Mental hospitals Bombay report 1921-28 - 1921-1928
Year: 1921
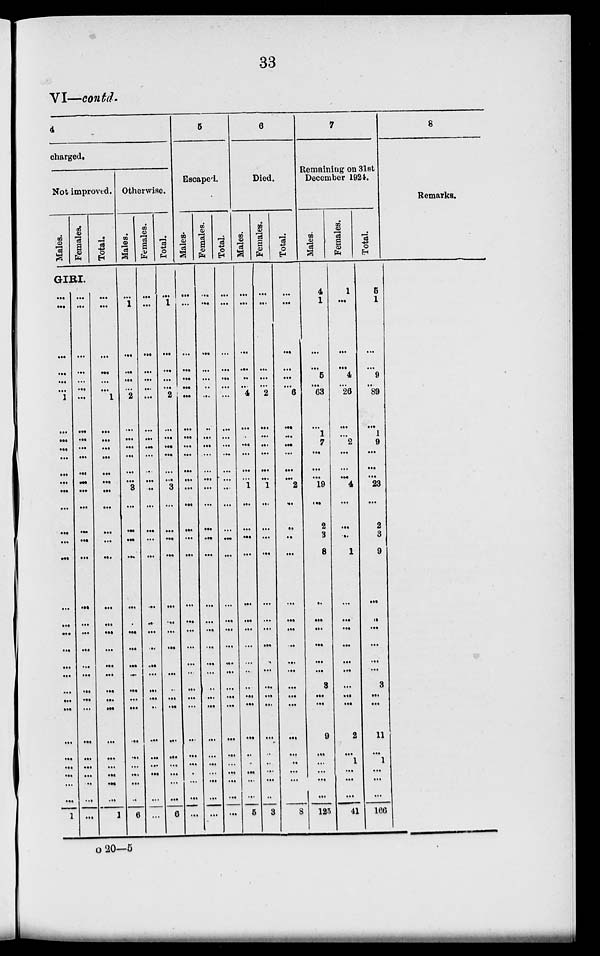
33
VI—contd.
4
charged.
Not improved.
Males.
Females.
Total.
GIRI.
...
...
...
...
...
...
1
...
...
...
...
...
...
...
...
...
...
...
...
...
...
...
...
...
...
...
...
...
...
...
...
...
...
1
...
...
...
...
...
...
...
...
...
...
...
...
...
...
...
...
...
...
...
...
...
...
...
...
...
...
...
...
...
...
...
...
...
...
...
...
...
...
...
...
1
...
...
...
...
...
...
...
...
...
...
...
...
...
...
...
...
...
...
...
...
...
...
...
...
...
...
1
Otherwise.
Males.
...
1
...
...
...
...
2
...
...
...
...
...
...
3
...
...
...
...
...
...
...
...
...
...
...
...
...
...
...
...
...
...
...
6
Females.
...
...
...
...
...
...
...
...
...
...
...
...
...
...
...
...
...
...
...
...
...
...
...
...
...
...
...
...
...
...
...
...
...
...
Total.
...
1
...
...
...
...
2
...
...
...
...
...
...
3
...
...
...
...
...
...
...
...
...
...
...
...
...
...
...
...
...
...
...
6
5
Escaped.
Males.
...
...
...
...
...
...
...
...
...
...
...
...
...
...
...
...
...
...
...
...
...
...
...
...
...
...
...
...
...
...
...
...
...
...
Females.
...
...
...
...
...
...
...
...
...
...
...
...
...
...
...
...
...
...
...
...
...
...
...
...
...
...
...
...
...
...
...
...
...
...
Total.
...
...
...
...
...
...
...
...
...
...
...
...
...
...
...
...
...
...
...
...
...
...
...
...
...
...
...
...
...
...
...
...
...
...
6
Died.
Males.
...
...
...
...
...
...
4
...
...
...
...
...
...
1
...
...
...
...
...
...
...
...
...
...
...
...
...
...
...
...
...
...
...
5
Females.
...
...
...
...
...
...
2
...
...
...
...
...
...
1
...
...
...
...
...
...
...
...
...
...
...
...
...
...
...
...
...
...
...
3
Total.
...
...
...
...
...
...
6
...
...
...
...
...
...
2
...
...
...
...
...
...
...
...
...
...
...
...
...
...
...
...
...
...
...
8
7
Remaining on 31st
December 1924.
Males.
4
1
...
...
5
...
63
...
1
7
...
...
...
19
...
2
3
8
...
...
...
...
...
...
3
...
...
9
...
...
...
...
...
125
Females.
1
...
...
...
4
...
26
...
...
2
...
...
...
4
...
...
...
1
...
...
...
...
...
...
...
...
...
2
...
1
...
...
...
41
Total.
5
1
...
...
9
...
89
...
1
9
...
...
...
23
...
2
3
9
...
...
...
...
...
...
3
...
...
11
...
1
...
...
...
166
8
Remarks.
o 20—5